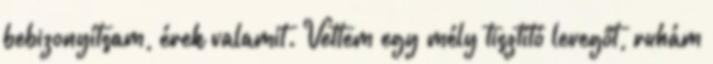
bebizonyítsam, érek valamit. Vettem egy mély tisztító levegőt, ruhám